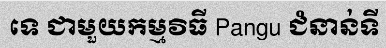
ទេ ជាមួយកម្មវិធី Pangu ជំនាន់ទី